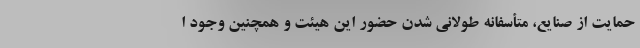
حمایت از صنایع، متأسفانه طولانی شدن حضور اين هیئت و همچنين وجود ا